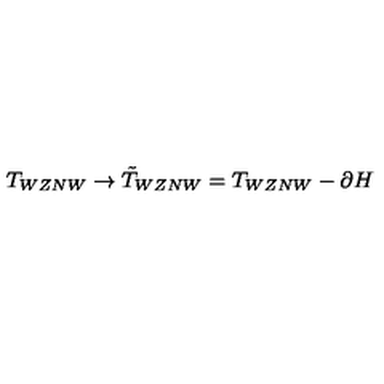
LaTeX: T _ { W Z N W } \rightarrow \tilde { T } _ { W Z N W } = T _ { W Z N W } - \partial H